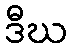
ဒီဃ